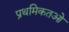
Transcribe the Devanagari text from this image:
प्रथमिकतओ